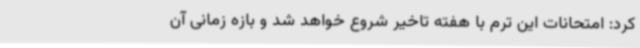
کرد: امتحانات این ترم با هفته تاخیر شروع خواهد شد و بازه زمانی آن